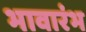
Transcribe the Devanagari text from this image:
भावारंभ